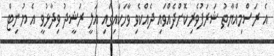
އެ ރަސްމިއްޔާތު ޝަރަފުވެރިކޮށްދެއްވައި ދެއްކެވި ވާހަކައިގައި އަލީ ރަޝީދު ވިދާޅުވީ އެ ޔުނިޓް